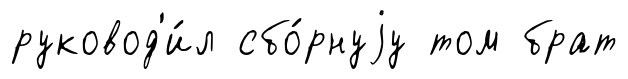
руковод'и́л сбо́рнуjу том брат